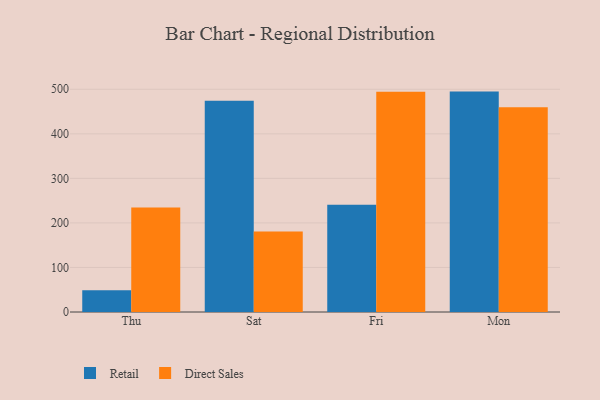
{"axis": {"x": "Day", "y": "Backlog"}, "legend": ["Direct Sales", "Retail"], "data": [{"x": "Thu", "y": 48.7, "type": "Retail"}, {"x": "Thu", "y": 234.4, "type": "Direct Sales"}, {"x": "Sat", "y": 474.0, "type": "Retail"}, {"x": "Sat", "y": 180.7, "type": "Direct Sales"}, {"x": "Fri", "y": 240.8, "type": "Retail"}, {"x": "Fri", "y": 494.3, "type": "Direct Sales"}, {"x": "Mon", "y": 494.8, "type": "Retail"}, {"x": "Mon", "y": 459.6, "type": "Direct Sales"}]}